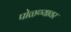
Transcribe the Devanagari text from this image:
पोळण्यावर